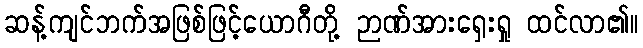
ဆန့်ကျင်ဘက်အဖြစ်ဖြင့်ယောဂီတို့ ဉာဏ်အားရှေးရှု ထင်လာ၏။